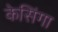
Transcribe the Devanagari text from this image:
केसिंगा